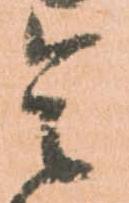
是